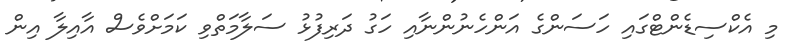
މި އެކްސިޑެންޓްގައި ހަސަންގެ އަންހެނުންނާއި ހަގު ދަރިފުޅު ސަލާމަތްވި ކަމަށްވެސް އާއިލާ އިން